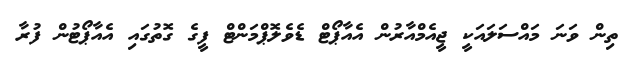
ތިން ވަނަ މައްސަލައަކީ ޖީއެމްއާރުން އެއާޕޯޓް ޑެވެލޮޕްމަންޓް ފީގެ ގޮތުގައި އެއާޕޯޓުން ފުރާ